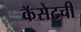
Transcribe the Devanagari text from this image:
कॅसेटची